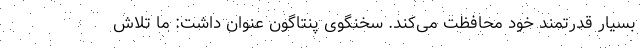
بسیار قدرتمند خود محافظت می‌کند. سخنگوی پنتاگون عنوان داشت: ما تلاش